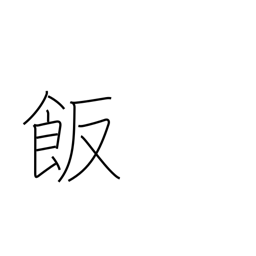
Meaning: meal